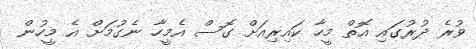
ވުރެ ދުުރުގައި އޮތް މީހާ ކައިރިއަށް ގޮސް އެމީހާ ނެގުމަށް އެ މީހުން